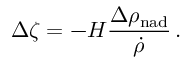
\Delta \zeta = - H { \frac { \Delta \rho _ { \mathrm { n a d } } } { \dot { \rho } } } \, .